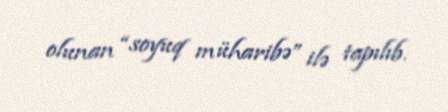
olunan “soyuq müharibə” ilə tapılıb.